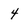
Character: 4